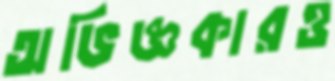
অভিজ্ঞকারও